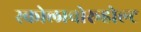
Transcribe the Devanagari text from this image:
स्कोलावोरूहोल्ट